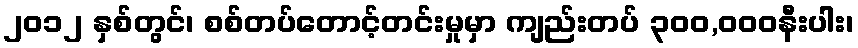
၂၀၁၂ နှစ်တွင်၊ စစ်တပ်တောင့်တင်းမှုမှာ ကျည်းတပ် ၃၀၀,၀၀၀နီးပါး၊